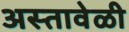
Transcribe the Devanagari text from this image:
अस्तावेळी